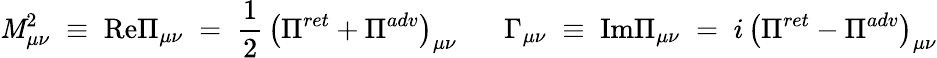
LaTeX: {\cal\mathit{M}}_{\mu\nu}^{2}\; \equiv\; \mathrm{{Re}}{\Pi}_{\mu\nu}\; =\; \frac{{1}}{{2}}\, \left({\Pi}^{ret}+{\Pi}^{adv}\right)_{\mu\nu}\; \; \; \; \; \; \Gamma_{\mu\nu}\; \equiv\; \mathrm{{Im}}{\Pi}_{\mu\nu}\; =\; i\, \left({\Pi}^{ret}-{\Pi}^{adv}\right)_{\mu\nu}